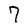
Character: 7